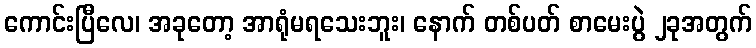
ကောင်းပြီလေ၊ အခုတော့ အာရုံမရသေးဘူး၊ နောက် တစ်ပတ် စာမေးပွဲ ၂ခုအတွက်